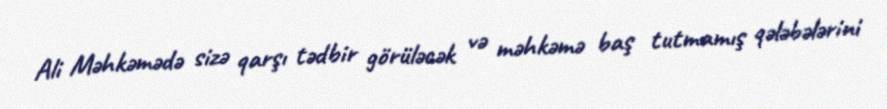
Ali Məhkəmədə sizə qarşı tədbir görüləcək və məhkəmə baş tutmamış qələbələrini